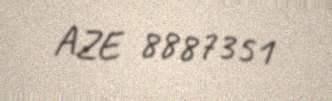
AZE 8887351